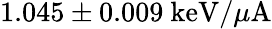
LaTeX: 1.045\pm 0.009\ \mathrm{keV}/\mu\mathrm{A}